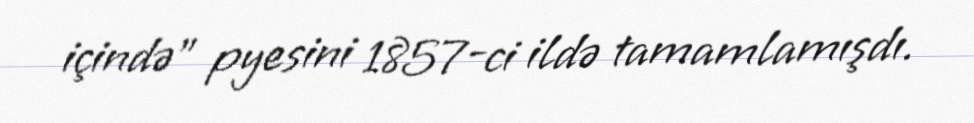
içində" pyesini 1857-ci ildə tamamlamışdı.